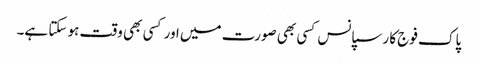
پاک فوج کا رسپانس کسی بھی صورت میں اور کسی بھی وقت ہو سکتا ہے۔